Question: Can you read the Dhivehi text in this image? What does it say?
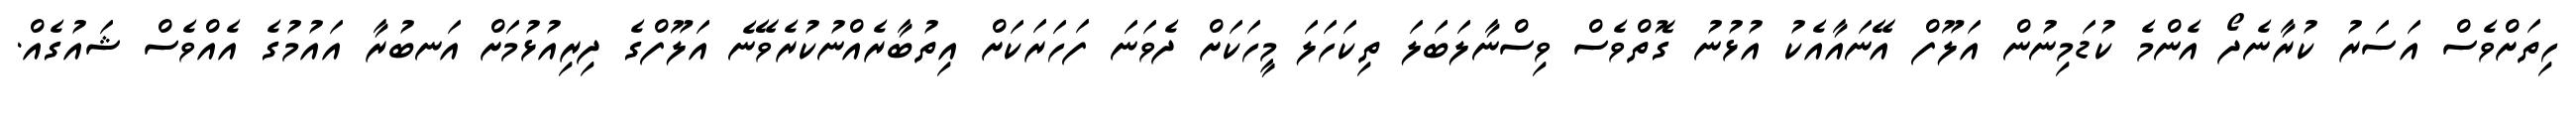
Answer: ހިތަށްވެސް އަސަރު ކުރާނެދޯ އެންމެ ކުޑަމިނުން އަލޫފް އޭނައާއެކު އުޅުނު ގޮތްވެސް ވިސްނާލަބަލަ ތިކަހަލަ މީހަކަށް ދެވަނަ ފަހަރަކަށް އިތުބާރެއްނުކުރެވޭނެ އަލޫފްގެ ދިރިއުޅުމަށް އަނބުރާ އައުމުގެ އެއްވެސް ޝައުގެއް.